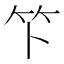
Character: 𫁰